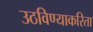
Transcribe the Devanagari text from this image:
उठविण्याकरिता